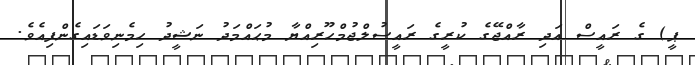
ޕީ) ގެ ރައީސް އަދި ރާއްޖޭގެ ކުރީގެ ރައީސުލްޖުމްހޫރިއްޔާ މުޙައްމަދު ނަޝީދު ހިމެނިވަޑައިގެންފިއެވެ.